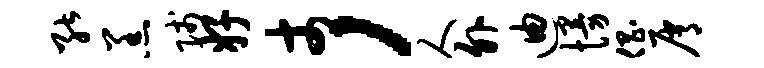
能羔贱好丈，人外迪慢倡屑